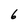
Character: 6